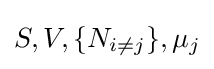
S,V,\{N_{i\neq j}\},\mu _{j}